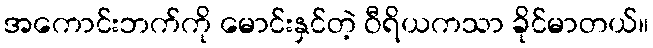
အကောင်းဘက်ကို မောင်းနှင်တဲ့ ဝီရိယကသာ ခိုင်မာတယ်။